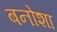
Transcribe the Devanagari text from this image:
बनोशा